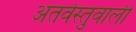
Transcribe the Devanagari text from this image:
अंतर्वस्तुवाली